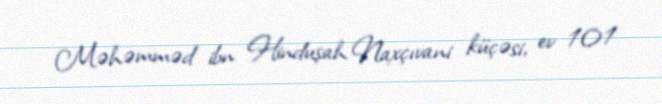
Məhəmməd ibn Hinduşah Naxçıvani küçəsi, ev 101